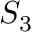
S _ { 3 }